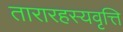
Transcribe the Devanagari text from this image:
तारारहस्यवृत्ति